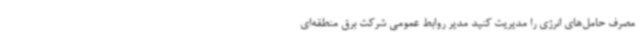
مصرف حامل‌های انرژی را مدیریت کنید مدیر روابط عمومی شرکت برق منطقه‌ای